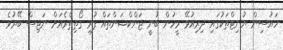
ހައުސިން ޔުނިޓްތަކުގައި ދިރިއުޅޭ މީހުން ބުނީ ޖަންކްޝަންތައް ފުރި ގޯތިތެރެއަަށް ނަޖިސް ބޭރުވެ